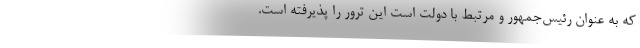
که به عنوان رئیس‌جمهور و مرتبط با دولت است این ترور را پذیرفته است.